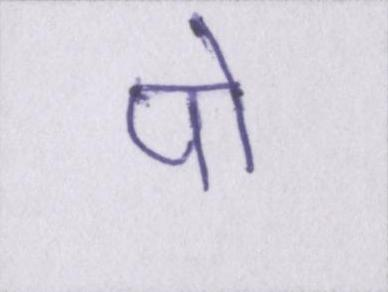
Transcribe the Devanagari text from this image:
पो